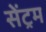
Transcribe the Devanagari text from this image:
सेंट्रम